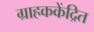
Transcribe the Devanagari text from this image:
ग्राहककेंद्रित